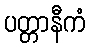
ပတ္တာနီကံ